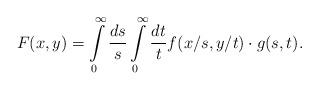
LaTeX: \begin{align*}F(x,y)=\int\limits _0^\infty \frac{ds}{s}\int\limits _0^\infty \frac{dt}{t}f(x/s,y/t)\cdot g(s,t).\end{align*}